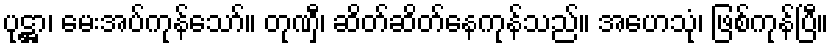
ပုဋ္ဌာ၊ မေးအပ်ကုန်သော်။ တုဏှီ၊ ဆိတ်ဆိတ်နေကုန်သည်။ အဟေသုံ၊ ဖြစ်ကုန်ပြီ။